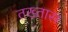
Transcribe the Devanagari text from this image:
तख्तास